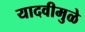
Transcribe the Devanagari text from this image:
यादवीमुळे